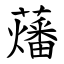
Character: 䕰